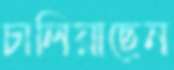
চালিয়াছেন